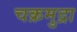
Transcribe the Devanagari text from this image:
चक्रमुद्रा